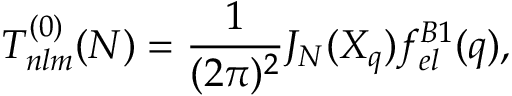
T _ { n l m } ^ { ( 0 ) } ( N ) = \frac { 1 } { ( 2 \pi ) ^ { 2 } } J _ { N } ( X _ { q } ) f _ { e l } ^ { B 1 } ( q ) ,